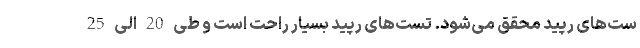
ست‌های رپید محقق می‌شود. تست‌های رپید بسیار راحت است و طی 20 الی 25